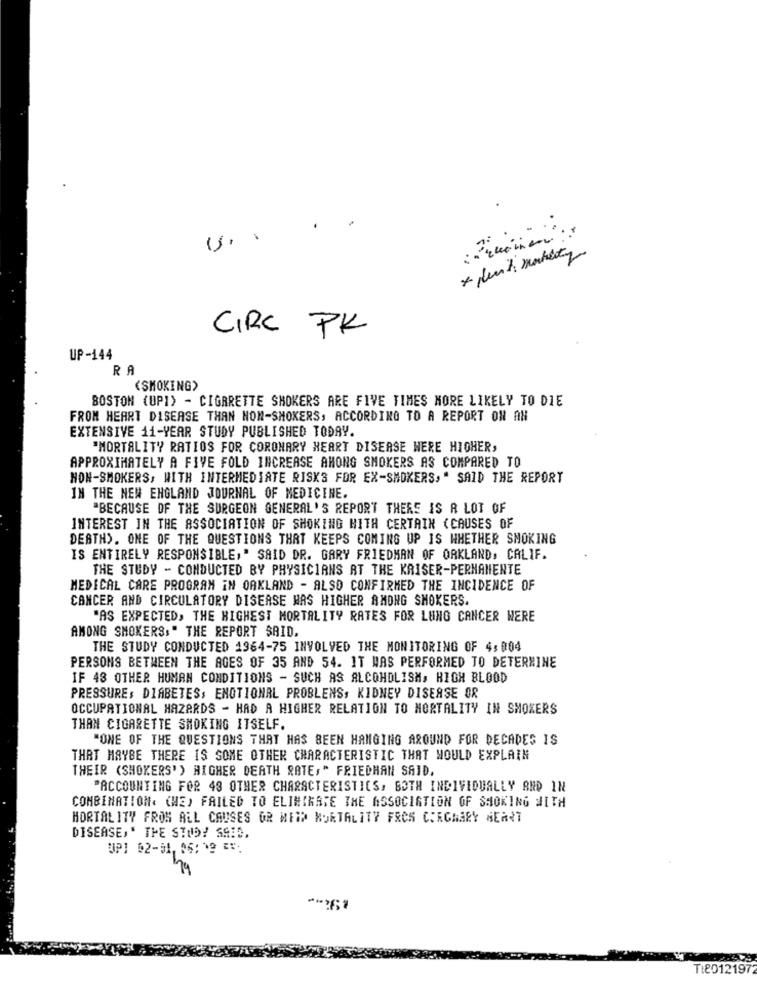
.
CIRC PK
UP-144
RA
(SMOKING>
BOSTON (UPI) - CIGARETTE SHOKERS ARE FIVE TIMES MORE LIKELY TO DIE
FROM HEART DISEASE THAN NON-SMOKERS, ACCORDING TO A REPORT ON AN
EXTENSIVE 11-YEAR STUDY PUBLISHED TODAY.
"MORTALITY RATIOS FOR CORONARY HEART DISEASE WERE HIGHER,
APPROXIMATELY A FIVE FOLD INCREASE AMONG SMOKERS AS COMPARED TO
NON-SMOKERS, WITH INTERMEDIATE RISKS FOR EX-SMOKERS," SAID THE REPORT
IN THE NEW ENGLAND JOURNAL OF MEDICINE.
"BECAUSE OF THE SURGEON GENERAL'S REPORT THERE IS A LOT OF
INTEREST IN THE ASSOCIATION OF SHOKING WITH CERTAIN (CAUSES OF
DEBTHS. ONE OF THE QUESTIONS THAT KEEPS COMING UP IS WHETHER SMOKING
IS ENTIRELY RESPONSIBLE," SAID DR. GARY FRIEDMAN OF ORKLAND, CALIF.
THE STUDY - CONDUCTED BY PHYSICIANS AT THE KRISER-PERMANENTE
MEDICAL CARE PROGRAM IN OAKLAND - ALSO CONFIRMED THE INCIDENCE OF
CANCER AND CIRCULATORY DISEASE WAS HIGHER AMONG SMOKERS.
"AS EXPECTED, THE HIGHEST MORTALITY RATES FOR LUNG CANCER WERE
AMONG SMOKERS," THE REPORT SAID.
THE STUDY CONDUCTED 1964-75 INVOLVED THE MONITORING OF 4:004
PERSONS BETWEEN THE AGES OF 35 AND 54. IT WAS PERFORMED TO DETERMINE
IF 48 OTHER HUMAN CONDITIONS - SUCH AS ALCOHOLISM, HIGH BLOOD
PRESSURE, DIABETES, EMOTIONAL PROBLEMS, KIDNEY DISEASE OR
OCCUPATIONAL HAZARDS - HAD A HIGHER RELATION TO MORTALITY IN SMOKERS
THAN CIGARETTE SMOKING ITSELF.
"ONE OF THE QUESTIONS THAT HAS BEEN HANGING AROUND FOR DECADES IS
THAT MAYBE THERE IS SOME OTHER CHARACTERISTIC THAT WOULD EXPLAIN
THEIR (SHOKERS' ) HIGHER DEATH RATE," FRIEDHAN SAID.
ACCOUNTING FOR 48 OTHER CHARACTERISTICS, BOTH INDIVIDUALLY AND IN
COMBINATION. (ME) FAILED TO ELIMINATE THE ASSOCIATION OF SMOKING WITH
HORTAL 17Y FROM ALL CAUSES OR MEID MORTALITY FRCS CORONARY HEART
DISEASE,' THE STUDY SAID,
UP1 02-51, 06:12 =5:
Ti2012197